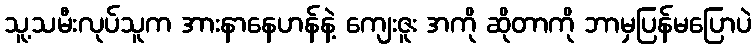
သူ့သမီးလုပ်သူက အားနာနေဟန်နဲ့ ကျေးဇူး အကို ဆိုတာကို ဘာမှပြန်မပြောပဲ